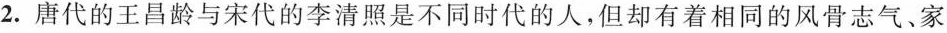
2.唐代的王昌龄与宋代的李清照是不同时代的人，但却有着相同的风骨志气、家